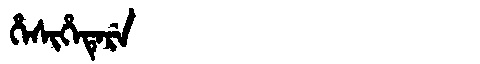
Manchu: ᡥᡝᠰᡳᡥᡝᡨᡝᡵᡝ
Romanization: HESIHETERE